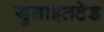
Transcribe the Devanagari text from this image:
युनाइतटेड